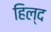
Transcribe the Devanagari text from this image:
हिल्द